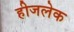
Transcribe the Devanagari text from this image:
हीजलेक